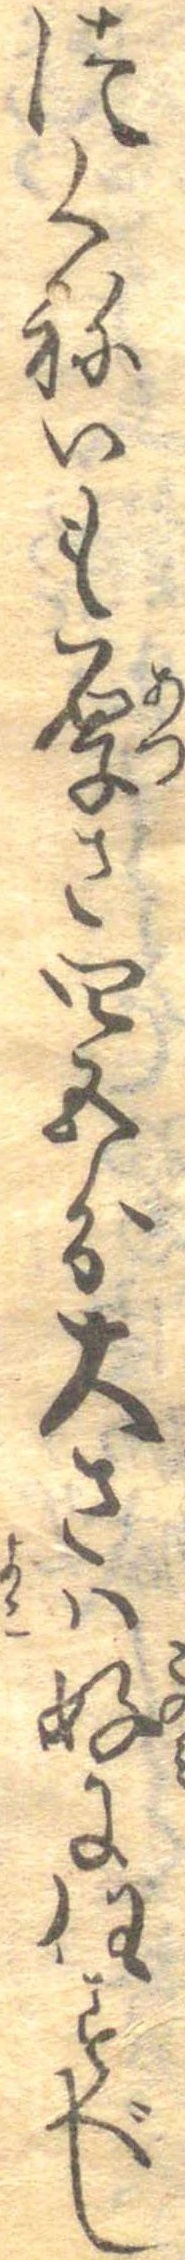
つくねいも厚さ四五分大さは好に任すべし